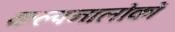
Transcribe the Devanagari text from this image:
कल्पनालोकों